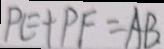
P E + P F = A B